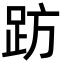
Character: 趽